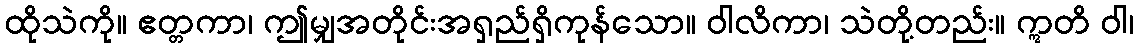
ထိုသဲကို။ ဧတ္တကာ၊ ဤမျှအတိုင်းအရှည်ရှိကုန်သော။ ဝါလိကာ၊ သဲတို့တည်း။ ဣတိ ဝါ၊